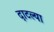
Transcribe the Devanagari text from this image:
दाटल्या